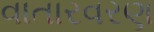
વાતારવરણ